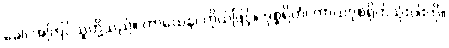
ခေါ၊ အကြင်သူတို့သည်။ ကာယေန၊ ကိုယ်ဖြင့်။ ဒုစ္စရိတံ၊ ကာယဒုစရိုက်သုံးပါးကို။